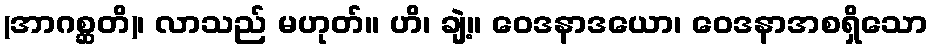
(အာဂစ္ဆတိ)၊ လာသည် မဟုတ်။ ဟိ၊ ချဲ့။ ဝေဒနာဒယော၊ ဝေဒနာအစရှိသော